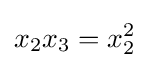
x_{2}x_{3}=x_{2}^{2}